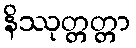
နိဿုတ္တတ္တာ